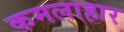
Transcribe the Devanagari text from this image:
कमलाहार